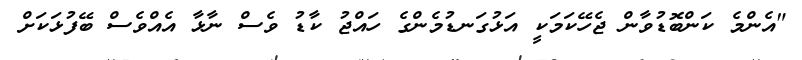
"އެންމެ ކަންބޮޑުވާން ޖެހޭކަމަކީ އަޅުގަނޑުމެންގެ ހައްޖު ކާޑު ވެސް ނާޅާ އެއްވެސް ބޭފުޅަކަށް